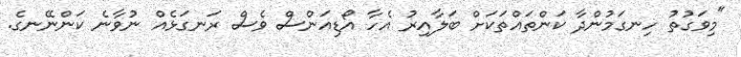
"މިވަގުތު ހިނގަމުންދާ ކަންތައްތަކަށް ބަލާއިރު އެހާ އޯޑިއަންސް ވެސް ރަނގަޅެއް ނުވާނެ ކަންނޭނގެ.